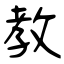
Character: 教